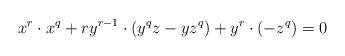
LaTeX: \begin{align*}x^r\cdot x^q + ry^{r-1}\cdot (y^qz-yz^q) + y^r\cdot (-z^q) =0\end{align*}